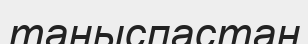
таныспастан